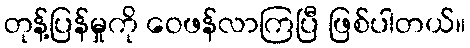
တုန့်ပြန်မှုကို ဝေဖန်လာကြပြီ ဖြစ်ပါတယ်။